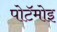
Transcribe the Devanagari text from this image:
पोटॅमोइ